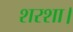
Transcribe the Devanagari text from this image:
शरशा।